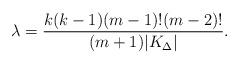
LaTeX: \begin{align*}\lambda=\frac{k(k-1)(m-1)!(m-2)!}{(m+1)|K_\Delta|}.\end{align*}